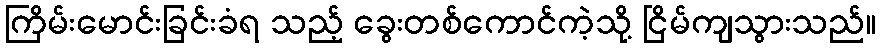
ကြိမ်းမောင်းခြင်းခံရ သည့် ခွေးတစ်ကောင်ကဲ့သို့ ငြိမ်ကျသွားသည်။